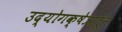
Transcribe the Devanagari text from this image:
उद्योगक्षेत्रातून